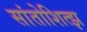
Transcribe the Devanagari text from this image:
सांतोशित्झ